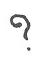
?